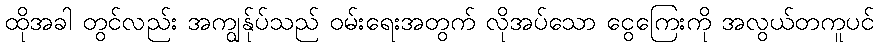
ထိုအခါ တွင်လည်း အကျွန်ုပ်သည် ဝမ်းရေးအတွက် လိုအပ်သော ငွေကြေးကို အလွယ်တကူပင်